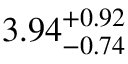
{ 3 . 9 4 } _ { - 0 . 7 4 } ^ { + 0 . 9 2 }